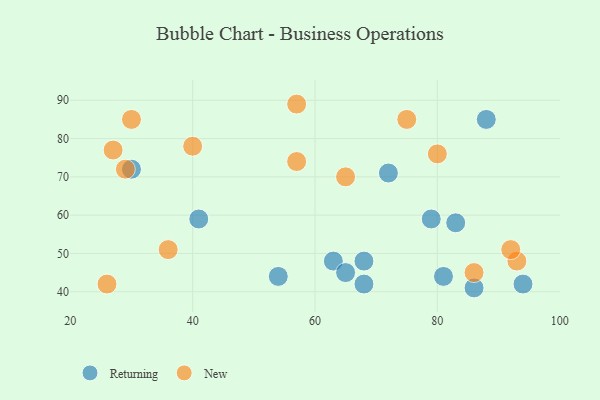
{"axis": {"x": "GDP", "y": "Life Expectancy"}, "legend": ["New", "Returning"], "data": [{"x": "41", "y": 59, "type": "Returning"}, {"x": "72", "y": 71, "type": "Returning"}, {"x": "79", "y": 59, "type": "Returning"}, {"x": "83", "y": 58, "type": "Returning"}, {"x": "68", "y": 42, "type": "Returning"}, {"x": "81", "y": 44, "type": "Returning"}, {"x": "86", "y": 41, "type": "Returning"}, {"x": "63", "y": 48, "type": "Returning"}, {"x": "30", "y": 72, "type": "Returning"}, {"x": "65", "y": 45, "type": "Returning"}, {"x": "68", "y": 48, "type": "Returning"}, {"x": "94", "y": 42, "type": "Returning"}, {"x": "88", "y": 85, "type": "Returning"}, {"x": "54", "y": 44, "type": "Returning"}, {"x": "93", "y": 48, "type": "New"}, {"x": "57", "y": 89, "type": "New"}, {"x": "30", "y": 85, "type": "New"}, {"x": "65", "y": 70, "type": "New"}, {"x": "92", "y": 51, "type": "New"}, {"x": "29", "y": 72, "type": "New"}, {"x": "40", "y": 78, "type": "New"}, {"x": "57", "y": 74, "type": "New"}, {"x": "75", "y": 85, "type": "New"}, {"x": "26", "y": 42, "type": "New"}, {"x": "86", "y": 45, "type": "New"}, {"x": "36", "y": 51, "type": "New"}, {"x": "80", "y": 76, "type": "New"}, {"x": "27", "y": 77, "type": "New"}]}